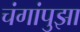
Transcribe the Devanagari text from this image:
चंगांपुझा